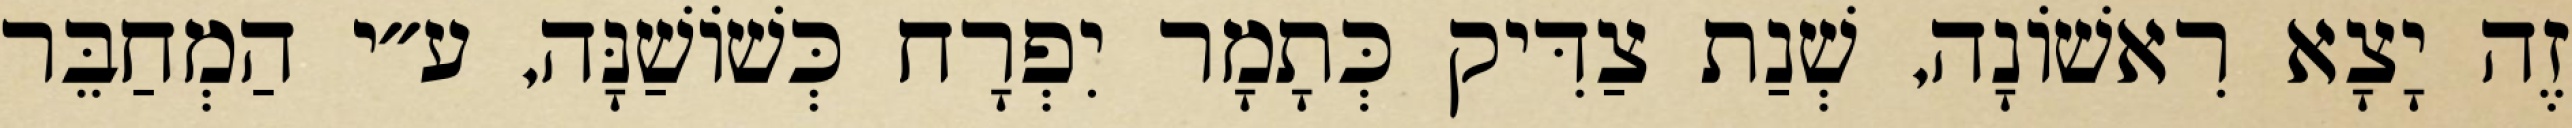
זֶה יָצָא רִאשׁוֹנָה, שְׁנַת צַדִּיק כְּתָמָר יִפְרָח כְּשׁוֹשַׁנָּה, ע״י הַמְחַבֵּר